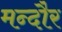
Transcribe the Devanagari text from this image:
मन्दौर